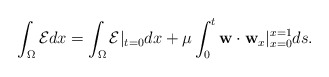
\begin{align*}&\int_\Omega \mathcal{E}dx=\int_\Omega \mathcal{E}|_{t=0}dx+\mu\int_0^t\mathbf{w}\cdot\mathbf{w}_x|_{x=0}^{x=1}ds.\end{align*}